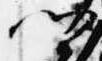
卿